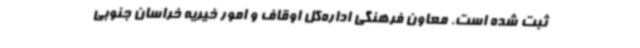
ثبت شده است. معاون فرهنگی اداره‌کل اوقاف و امور خیریه خراسان‌ جنوبی